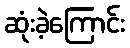
ဆုံးခဲ့ကြောင်း